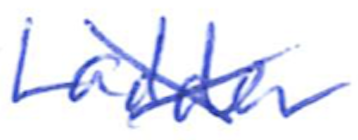
Text: Ladder
Cross-out: cross
Writing tool: ballpoint